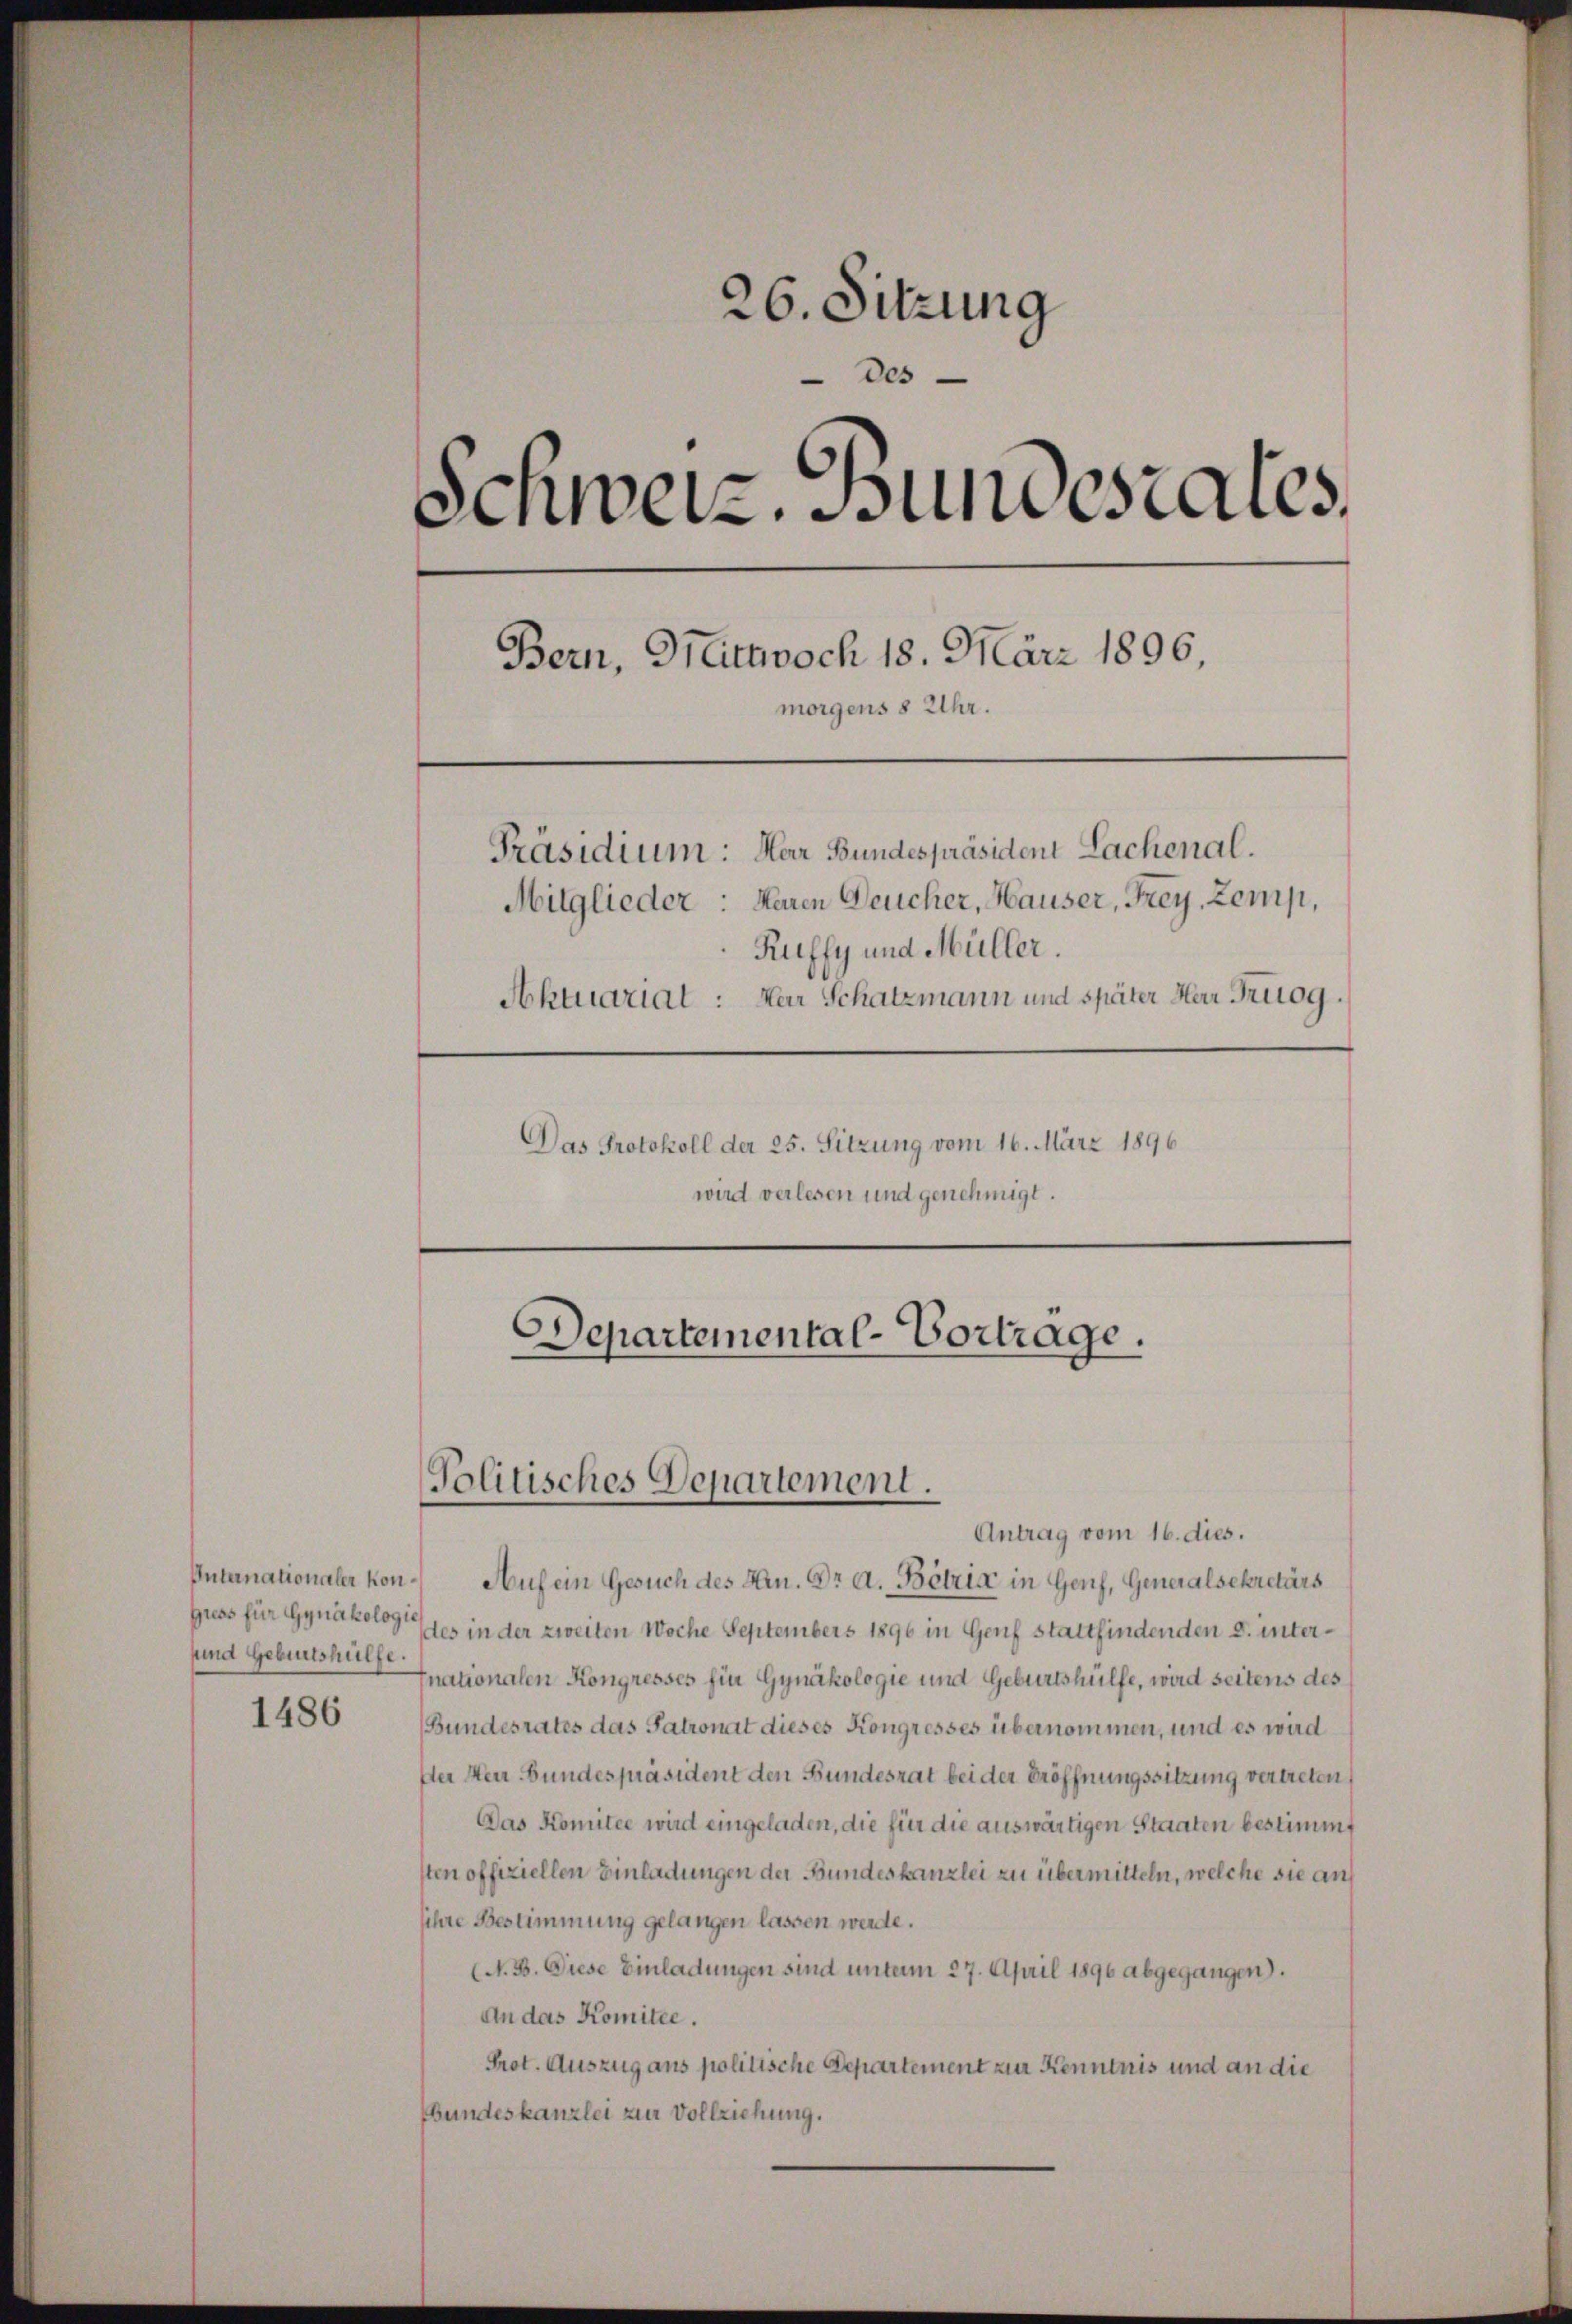
Internationaler Kon¬
Greas für Gynäkologie
sund Gebietshülfe.

1486

26. Sitzung
Des
Schweiz. Bundesrates,
Bern, Glittwoch 18. März 1896,
morgens 8 Uhr.
Präsidium: Herr Bundespräsident Lachenal.
Mitglieder: Heren Deucher, Hauser, Frey, Zemp,
Ruffy und Müller.
Aktuariat : Der Schatzmann und später Herr Triog.
Das Protokoll der 25. Sitzung vom 16. März 1896
wird verlesen und genehmigt.

Departemental-Vortrage.
Politisches Departement.

Antrag vom 16. dies.
Auf ein Gesuch des Hrn. Dr A. Bötzić in Genf, Generalsekretärs
des in der zweiten Woche Septembers 1896 in Genf stattfindenden d. internationalen Kongresses für Gynäkologie und Geburtshülfe, wird seitens des
(Bundesrates das Patronat dieses Kongresses übernommen, und es wird
Der Herr Bundespräsident den Bundesrat bei der Eröffnungssitzung vertreten,
Das Komitee wird eingeladen, die für die auswärtigen Staaten bestimmt
sten offiziellen Einladungen der Bundeskanzlei zu übermitteln, welche sie an
sihre Bestimmung gelangen lassen werde.
(N. B. Diese Einladungen sind unterm 27. April 1896 abgegangen).
An das Komitee.
Prot. Auszug aus politische Departement zur Kenntnis und an die
Bundeskanzlei zur Vollziehung.